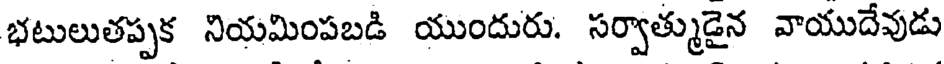
భటులుతప్పక నియమింపబడి యుందురు. సర్వాత్ముడైన వాయుదేవుడు